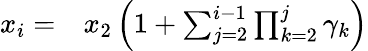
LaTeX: \begin{array}{rl}{x_{i}=}&{{}x_{2}\left(1+\sum_{j=2}^{i-1}\prod_{k=2}^{j}\gamma_{k}\right)}\end{array}